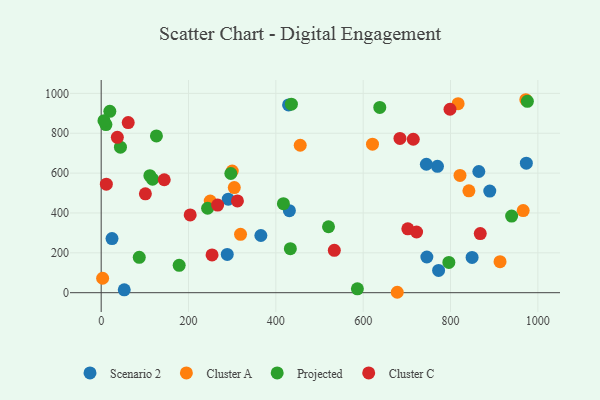
{"axis": {"x": "Investment", "y": "Yield"}, "legend": ["Cluster A", "Cluster C", "Projected", "Scenario 2"], "data": [{"x": "365.7", "y": 287.0, "type": "Scenario 2"}, {"x": "291.0", "y": 469.0, "type": "Scenario 2"}, {"x": "288.7", "y": 191.9, "type": "Scenario 2"}, {"x": "52.8", "y": 14.4, "type": "Scenario 2"}, {"x": "973.6", "y": 649.8, "type": "Scenario 2"}, {"x": "772.7", "y": 111.9, "type": "Scenario 2"}, {"x": "770.1", "y": 634.0, "type": "Scenario 2"}, {"x": "24.8", "y": 271.3, "type": "Scenario 2"}, {"x": "744.7", "y": 644.5, "type": "Scenario 2"}, {"x": "429.1", "y": 942.1, "type": "Scenario 2"}, {"x": "849.4", "y": 177.0, "type": "Scenario 2"}, {"x": "745.8", "y": 179.1, "type": "Scenario 2"}, {"x": "431.0", "y": 411.4, "type": "Scenario 2"}, {"x": "864.8", "y": 608.1, "type": "Scenario 2"}, {"x": "889.9", "y": 510.0, "type": "Scenario 2"}, {"x": "455.8", "y": 739.9, "type": "Cluster A"}, {"x": "842.1", "y": 511.2, "type": "Cluster A"}, {"x": "300.1", "y": 610.3, "type": "Cluster A"}, {"x": "249.7", "y": 459.9, "type": "Cluster A"}, {"x": "621.3", "y": 745.3, "type": "Cluster A"}, {"x": "304.8", "y": 527.5, "type": "Cluster A"}, {"x": "319.1", "y": 292.9, "type": "Cluster A"}, {"x": "678.0", "y": 2.1, "type": "Cluster A"}, {"x": "3.3", "y": 72.4, "type": "Cluster A"}, {"x": "966.4", "y": 412.1, "type": "Cluster A"}, {"x": "821.7", "y": 588.2, "type": "Cluster A"}, {"x": "817.4", "y": 948.2, "type": "Cluster A"}, {"x": "913.4", "y": 155.7, "type": "Cluster A"}, {"x": "972.4", "y": 968.2, "type": "Cluster A"}, {"x": "940.0", "y": 384.5, "type": "Projected"}, {"x": "586.7", "y": 19.4, "type": "Projected"}, {"x": "243.7", "y": 423.6, "type": "Projected"}, {"x": "296.9", "y": 598.1, "type": "Projected"}, {"x": "520.6", "y": 330.9, "type": "Projected"}, {"x": "87.2", "y": 177.6, "type": "Projected"}, {"x": "433.2", "y": 221.0, "type": "Projected"}, {"x": "435.6", "y": 945.7, "type": "Projected"}, {"x": "19.8", "y": 909.8, "type": "Projected"}, {"x": "10.9", "y": 843.7, "type": "Projected"}, {"x": "111.5", "y": 587.3, "type": "Projected"}, {"x": "44.1", "y": 730.0, "type": "Projected"}, {"x": "178.6", "y": 137.4, "type": "Projected"}, {"x": "126.5", "y": 786.4, "type": "Projected"}, {"x": "638.0", "y": 929.5, "type": "Projected"}, {"x": "976.0", "y": 960.4, "type": "Projected"}, {"x": "6.4", "y": 863.2, "type": "Projected"}, {"x": "796.2", "y": 151.7, "type": "Projected"}, {"x": "117.6", "y": 569.6, "type": "Projected"}, {"x": "417.3", "y": 446.6, "type": "Projected"}, {"x": "101.2", "y": 496.3, "type": "Cluster C"}, {"x": "714.7", "y": 769.9, "type": "Cluster C"}, {"x": "37.0", "y": 779.6, "type": "Cluster C"}, {"x": "533.9", "y": 212.7, "type": "Cluster C"}, {"x": "253.9", "y": 189.7, "type": "Cluster C"}, {"x": "702.2", "y": 320.3, "type": "Cluster C"}, {"x": "798.8", "y": 920.5, "type": "Cluster C"}, {"x": "312.0", "y": 460.5, "type": "Cluster C"}, {"x": "684.2", "y": 774.0, "type": "Cluster C"}, {"x": "203.8", "y": 390.1, "type": "Cluster C"}, {"x": "266.7", "y": 439.7, "type": "Cluster C"}, {"x": "11.8", "y": 544.7, "type": "Cluster C"}, {"x": "722.3", "y": 304.5, "type": "Cluster C"}, {"x": "144.4", "y": 566.7, "type": "Cluster C"}, {"x": "61.9", "y": 853.8, "type": "Cluster C"}, {"x": "868.1", "y": 296.4, "type": "Cluster C"}]}